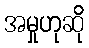
အမှုဟုဆို